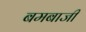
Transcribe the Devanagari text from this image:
बमबाजी